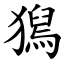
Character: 獡